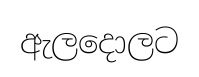
ඇලදොලට